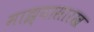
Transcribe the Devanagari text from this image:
माझ्यासारख